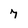
Character: 7